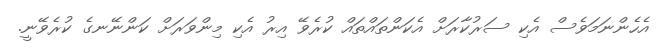
އެހެންނަމަވެސް އެކި ސަރުކާރަށް އެކަންތައްތައް ކުރެވޭ އިރު އެކި މިންވަރަށް ކަންނޭނގެ ކުރެވޭނީ.